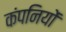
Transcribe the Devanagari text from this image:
कंपनियों